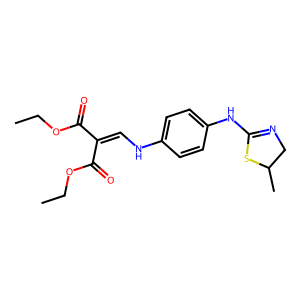
SMILES: CCOC(=O)C(=CNc1ccc(NC2=NCC(C)S2)cc1)C(=O)OCC
Inhibits HIV replication: No